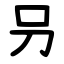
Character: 叧